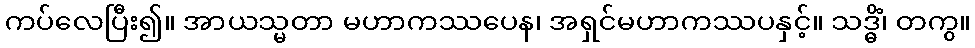
ကပ်လေပြီး၍။ အာယသ္မတာ မဟာကဿပေန၊ အရှင်မဟာကဿပနှင့်။ သဒ္ဓိံ၊ တကွ။